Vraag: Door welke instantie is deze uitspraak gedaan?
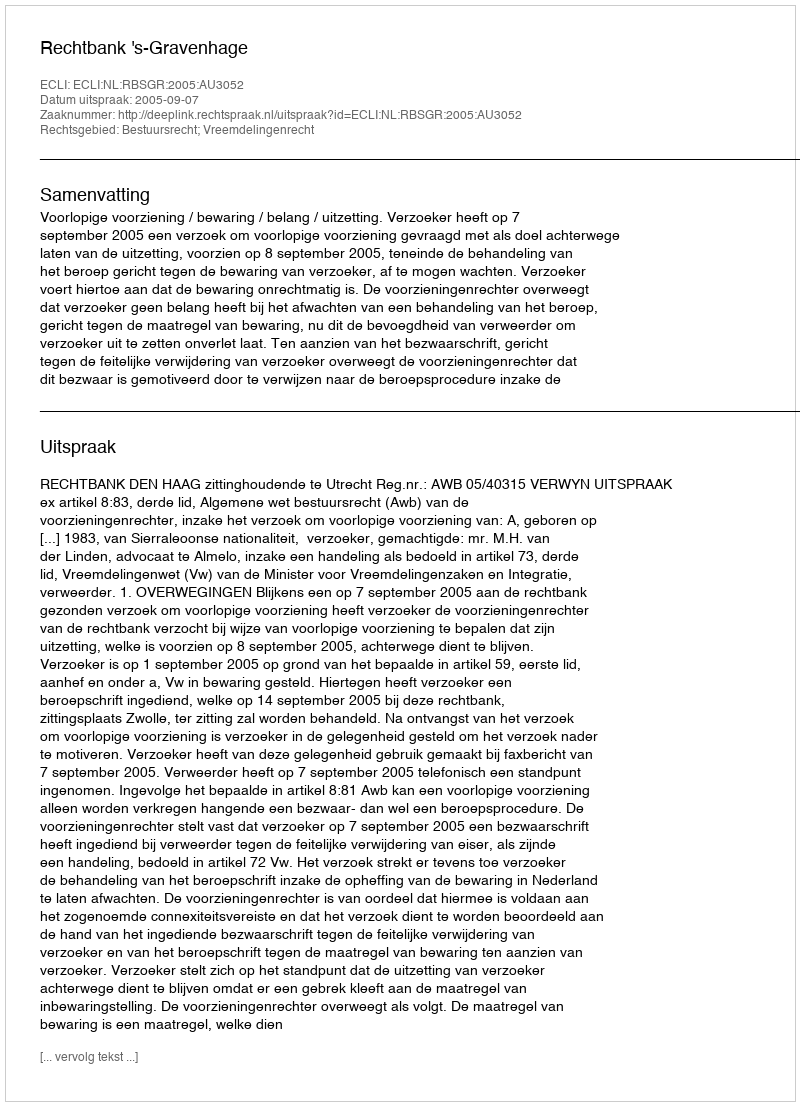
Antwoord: Rechtbank 's-Gravenhage